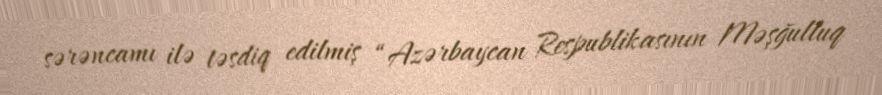
sərəncamı ilə təsdiq edilmiş “Azərbaycan Respublikasının Məşğulluq